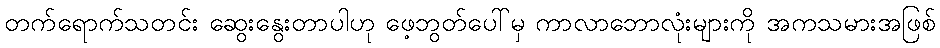
တက်ရောက်သတင်း ဆွေးနွေးတာပါဟု ဖေ့ဘွတ်ပေါ်မှ ကာလာဘောလုံးများကို အကသမားအဖြစ်